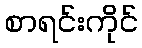
စာရင်းကိုင်